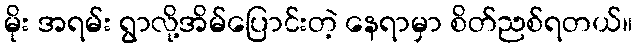
မိုး အရမ်း ရွာလို့အိမ်ပြောင်းတဲ့ နေရာမှာ စိတ်ညစ်ရတယ်။